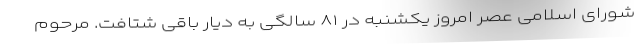
شورای اسلامی عصر امروز یکشنبه در ۸۱ سالگی به دیار باقی شتافت. مرحوم